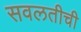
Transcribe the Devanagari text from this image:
सवलतीची